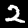
Label: 2